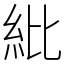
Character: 紕